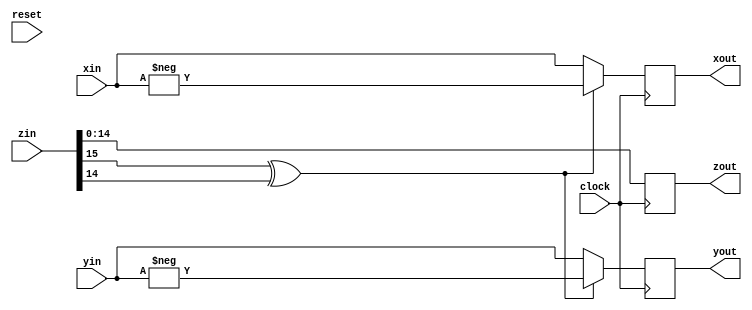
// cosimulated agains systemc implementation - 12Feb2011 
module cordic_theta_map( clock, reset, xin, yin, zin, xout, yout, zout );

parameter XY_WIDTH  = 16;
parameter Z_INPUT_WIDTH   = 16;
parameter Z_OUTPUT_WIDTH  = 15;
parameter Z_GUARD_BITS    = 0;

input wire clock;
input wire reset;

input wire signed [ XY_WIDTH -1:0 ] xin;
input wire signed [ XY_WIDTH -1:0 ] yin;
input wire [ Z_INPUT_WIDTH -1:0  ]  zin;

output reg signed [ XY_WIDTH -1:0 ] xout;
output reg signed [ XY_WIDTH -1:0 ] yout;
output reg signed [ Z_OUTPUT_WIDTH + Z_GUARD_BITS - 1:0  ]  zout;

reg sign;

always @(posedge clock)
begin

   // determine quadrant of performance variable - blocking assignment
   sign = zin[ Z_INPUT_WIDTH -1 ] ^ zin[ Z_INPUT_WIDTH -2 ];

	xout <= sign ? -xin : xin;
	yout <= sign ? -yin : yin;

   // trims MSB.
	zout <= {{(Z_GUARD_BITS+1){zin[Z_INPUT_WIDTH-2]}},zin[Z_INPUT_WIDTH-2:0]};

end


endmodule